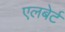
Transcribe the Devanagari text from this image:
एलबेर्ट